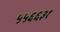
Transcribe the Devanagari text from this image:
५५६६३१